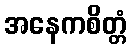
အနေကစိတ္တံ